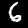
Digit: 6